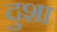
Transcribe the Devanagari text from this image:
दुशा